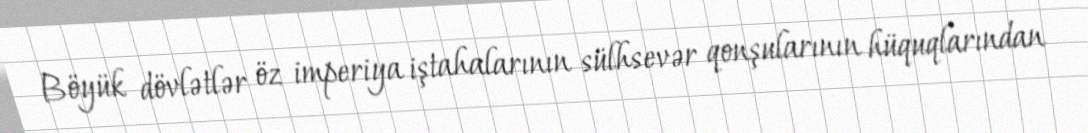
Böyük dövlətlər öz imperiya iştahalarının sülhsevər qonşularının hüquqlarından